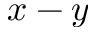
x - y